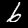
Label: 6